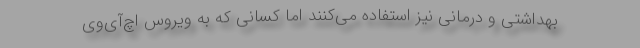
بهداشتی و درمانی نیز استفاده می‌کنند اما کسانی که به ویروس اچ‌آی‌وی